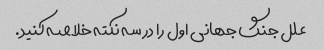
علل جنگ جهانی اول را در سه نکته خلاصه کنید.